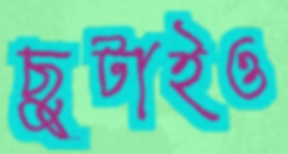
ছুটাইও